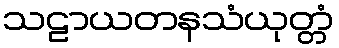
သဠာယတနသံယုတ္တံ